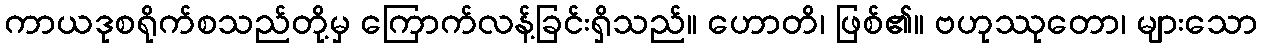
ကာယဒုစရိုက်စသည်တို့မှ ကြောက်လန့်ခြင်းရှိသည်။ ဟောတိ၊ ဖြစ်၏။ ဗဟုဿုတော၊ များသော